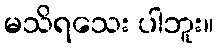
မသိရသေး ပါဘူး။